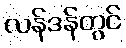
လန်ဒန်တွင်